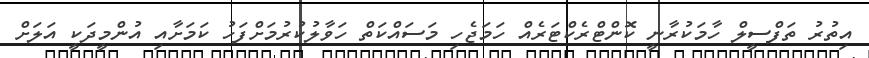
އިތުރު ތަފްސީލް ހާމަކުރާނީ ކޮންޓްރެކްޓަރެއް ހަމަޖެހި މަސައްކަތް ހަވާލުކުރުމަށްފަހު ކަމަށާއި އުންމީދަކީ އަލަށް